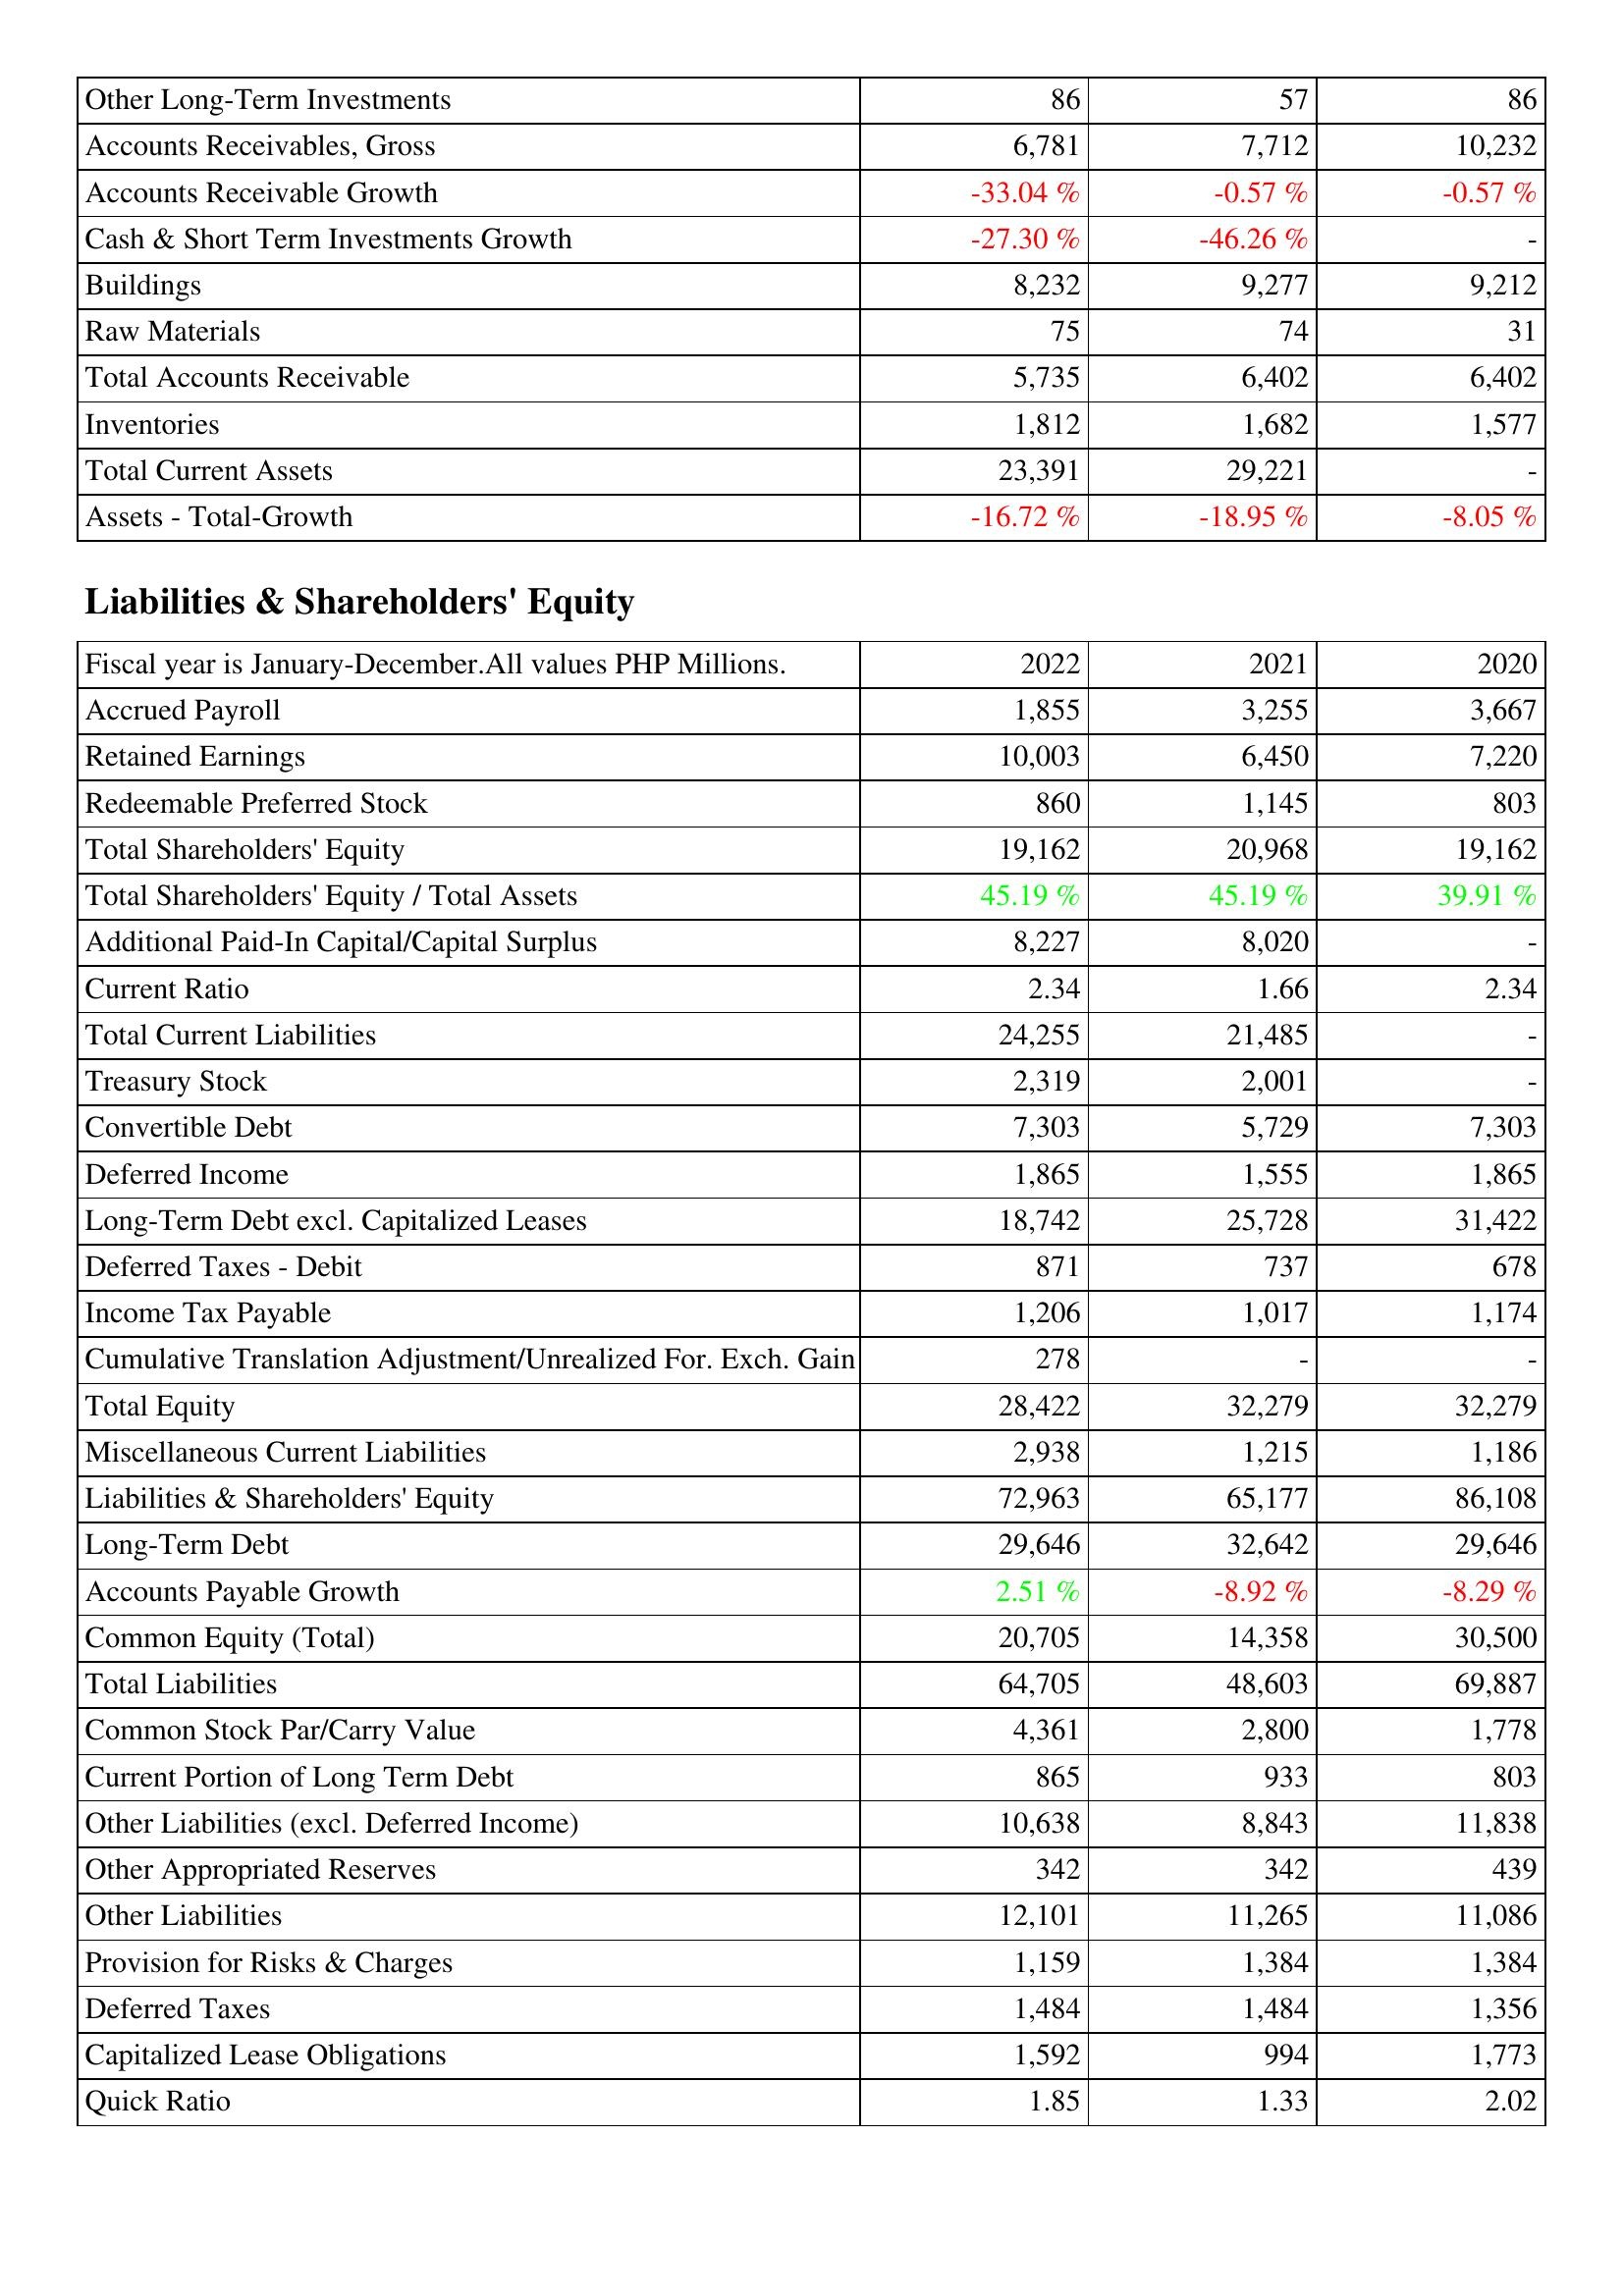
2022: Assets: Other Long-Term Investments: 86
Accounts Receivables, Gross: 6,781
Accounts Receivable Growth: -33.04 %
Cash & Short Term Investments Growth: -27.30 %
Buildings: 8,232
Raw Materials: 75
Total Accounts Receivable: 5,735
Inventories: 1,812
Total Current Assets: 23,391
Assets - Total-Growth: -16.72 %
Liabilities & Shareholders' Equity: Accrued Payroll: 1,855
Retained Earnings: 10,003
Redeemable Preferred Stock: 860
Total Shareholders' Equity: 19,162
Total Shareholders' Equity / Total Assets: 45.19 %
Additional Paid-In Capital/Capital Surplus: 8,227
Current Ratio: 2.34
Total Current Liabilities: 24,255
Treasury Stock: 2,319
Convertible Debt: 7,303
Deferred Income: 1,865
Long-Term Debt excl. Capitalized Leases: 18,742
Deferred Taxes - Debit: 871
Income Tax Payable: 1,206
Cumulative Translation Adjustment/Unrealized For. Exch. Gain: 278
Total Equity: 28,422
Miscellaneous Current Liabilities: 2,938
Liabilities & Shareholders' Equity: 72,963
Long-Term Debt: 29,646
Accounts Payable Growth: 2.51 %
Common Equity (Total): 20,705
Total Liabilities: 64,705
Common Stock Par/Carry Value: 4,361
Current Portion of Long Term Debt: 865
Other Liabilities (excl. Deferred Income): 10,638
Other Appropriated Reserves: 342
Other Liabilities: 12,101
Provision for Risks & Charges: 1,159
Deferred Taxes: 1,484
Capitalized Lease Obligations: 1,592
Quick Ratio: 1.85
2021: Assets: Other Long-Term Investments: 57
Accounts Receivables, Gross: 7,712
Accounts Receivable Growth: -0.57 %
Cash & Short Term Investments Growth: -46.26 %
Buildings: 9,277
Raw Materials: 74
Total Accounts Receivable: 6,402
Inventories: 1,682
Total Current Assets: 29,221
Assets - Total-Growth: -18.95 %
Liabilities & Shareholders' Equity: Accrued Payroll: 3,255
Retained Earnings: 6,450
Redeemable Preferred Stock: 1,145
Total Shareholders' Equity: 20,968
Total Shareholders' Equity / Total Assets: 45.19 %
Additional Paid-In Capital/Capital Surplus: 8,020
Current Ratio: 1.66
Total Current Liabilities: 21,485
Treasury Stock: 2,001
Convertible Debt: 5,729
Deferred Income: 1,555
Long-Term Debt excl. Capitalized Leases: 25,728
Deferred Taxes - Debit: 737
Income Tax Payable: 1,017
Cumulative Translation Adjustment/Unrealized For. Exch. Gain: -
Total Equity: 32,279
Miscellaneous Current Liabilities: 1,215
Liabilities & Shareholders' Equity: 65,177
Long-Term Debt: 32,642
Accounts Payable Growth: -8.92 %
Common Equity (Total): 14,358
Total Liabilities: 48,603
Common Stock Par/Carry Value: 2,800
Current Portion of Long Term Debt: 933
Other Liabilities (excl. Deferred Income): 8,843
Other Appropriated Reserves: 342
Other Liabilities: 11,265
Provision for Risks & Charges: 1,384
Deferred Taxes: 1,484
Capitalized Lease Obligations: 994
Quick Ratio: 1.33
2020: Assets: Other Long-Term Investments: 86
Accounts Receivables, Gross: 10,232
Accounts Receivable Growth: -0.57 %
Cash & Short Term Investments Growth: -
Buildings: 9,212
Raw Materials: 31
Total Accounts Receivable: 6,402
Inventories: 1,577
Total Current Assets: -
Assets - Total-Growth: -8.05 %
Liabilities & Shareholders' Equity: Accrued Payroll: 3,667
Retained Earnings: 7,220
Redeemable Preferred Stock: 803
Total Shareholders' Equity: 19,162
Total Shareholders' Equity / Total Assets: 39.91 %
Additional Paid-In Capital/Capital Surplus: -
Current Ratio: 2.34
Total Current Liabilities: -
Treasury Stock: -
Convertible Debt: 7,303
Deferred Income: 1,865
Long-Term Debt excl. Capitalized Leases: 31,422
Deferred Taxes - Debit: 678
Income Tax Payable: 1,174
Cumulative Translation Adjustment/Unrealized For. Exch. Gain: -
Total Equity: 32,279
Miscellaneous Current Liabilities: 1,186
Liabilities & Shareholders' Equity: 86,108
Long-Term Debt: 29,646
Accounts Payable Growth: -8.29 %
Common Equity (Total): 30,500
Total Liabilities: 69,887
Common Stock Par/Carry Value: 1,778
Current Portion of Long Term Debt: 803
Other Liabilities (excl. Deferred Income): 11,838
Other Appropriated Reserves: 439
Other Liabilities: 11,086
Provision for Risks & Charges: 1,384
Deferred Taxes: 1,356
Capitalized Lease Obligations: 1,773
Quick Ratio: 2.02